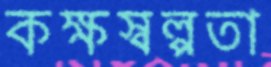
কক্ষস্বল্পতা